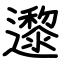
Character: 邌